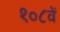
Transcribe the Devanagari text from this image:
१०८वें